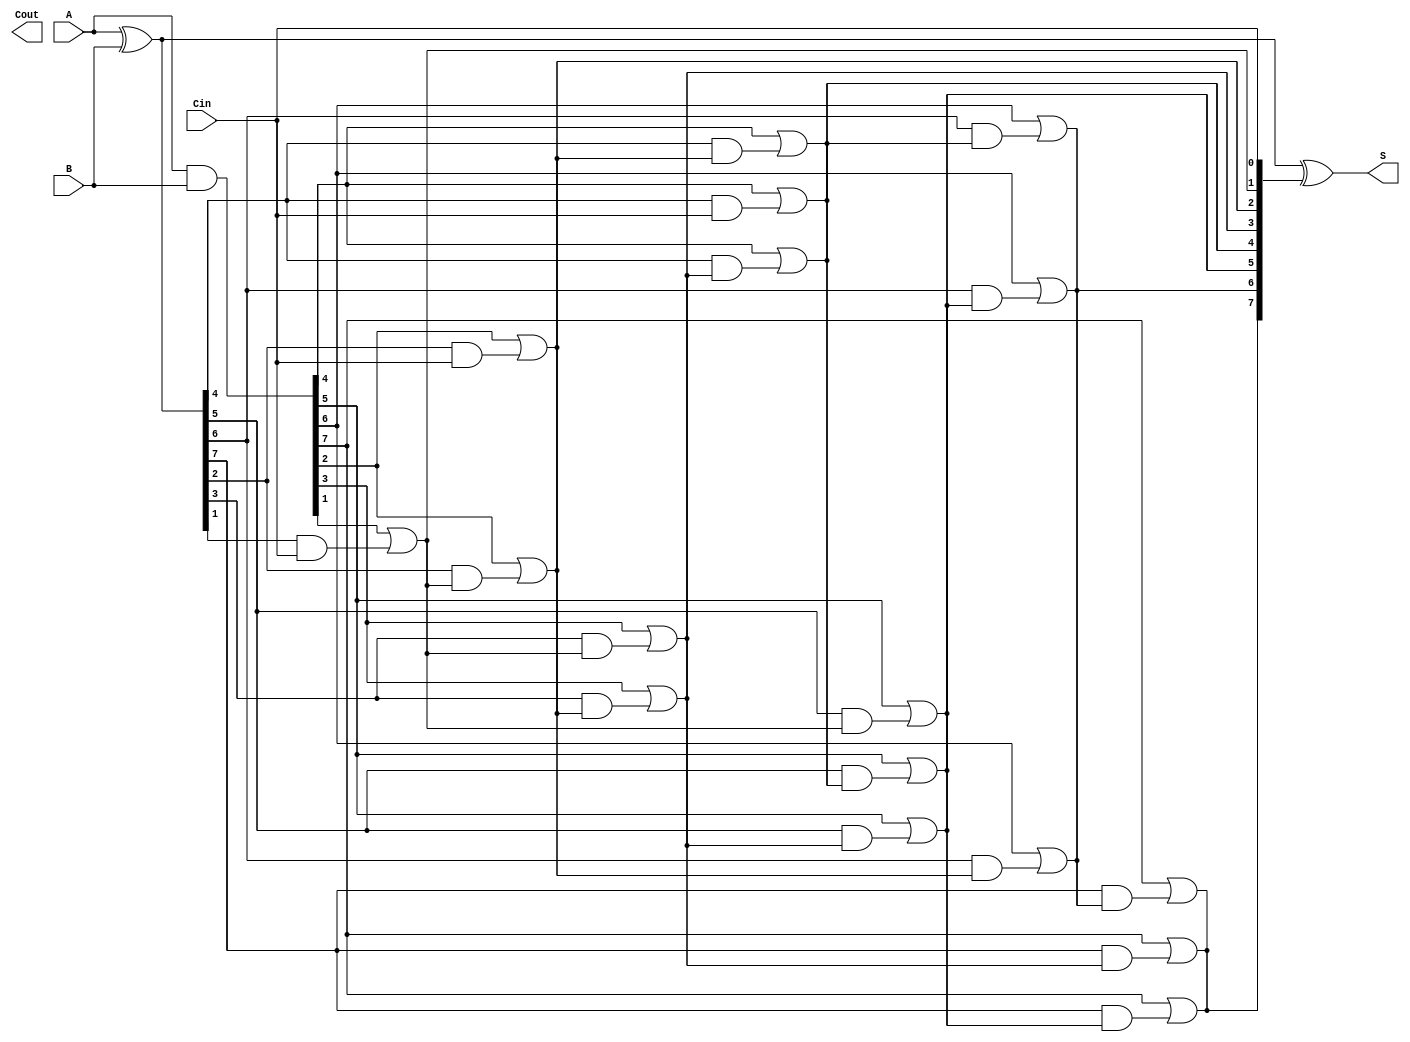
module KoggeStoneAdder #(parameter n = 8) (
    input [n-1:0] A,      // First n-bit input
    input [n-1:0] B,      // Second n-bit input
    input Cin,            // Carry-in
    output [n-1:0] S,     // n-bit sum output
    output Cout           // Carry-out
);

    wire [n-1:0] G;       // Generate signals
    wire [n-1:0] P;       // Propagate signals
    wire [n:0] C;         // Carry signals (C[0] = Cin)

    // Generate and Propagate signals
    assign G = A & B;         // Generate
    assign P = A ^ B;         // Propagate
    assign C[0] = Cin;        // Initial carry-in

    // Carry generation using Kogge-Stone logic
    genvar i, k;
    generate
        for (k = 0; k < $clog2(n); k = k + 1) begin : carry_generation
            for (i = 0; i < n; i = i + 1) begin : carry_level
                if (i >= (1 << k)) begin
                    assign C[i] = G[i] | (P[i] & C[i - (1 << k)]);
                end
            end
        end
    endgenerate

    // Sum calculation
    assign S = P ^ C[n-1:0];  // Sum bits
    assign Cout = C[n];       // Final carry-out

endmodule